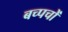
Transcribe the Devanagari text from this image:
बच्पचों